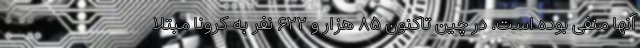
آنها منفی بوده است. در چین تاکنون ۸۵ هزار و ۶۲۲ نفر به کرونا مبتلا